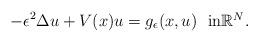
LaTeX: \begin{align*}-\epsilon^2\Delta u + V(x)u = g_\epsilon(x,u) \ \ \mbox{in$\mathbb{R}^N$}. \end{align*}